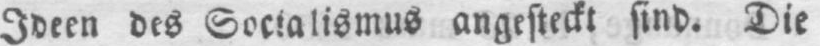
Ideen des Socialismus angesteckt sind. Die